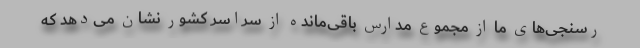
رسنجی‌های ما از مجموع مدارس باقی‌مانده از سراسر کشور نشان می‌دهد که